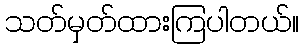
သတ်မှတ်ထားကြပါတယ်။